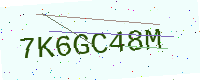
Text: 7K6GC48M